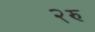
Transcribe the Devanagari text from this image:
२रु